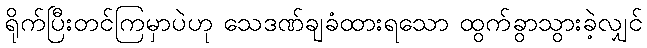
ရိုက်ပြီးတင်ကြမှာပဲဟု သေဒဏ်ချခံထားရသော ထွက်ခွာသွားခဲ့လျှင်